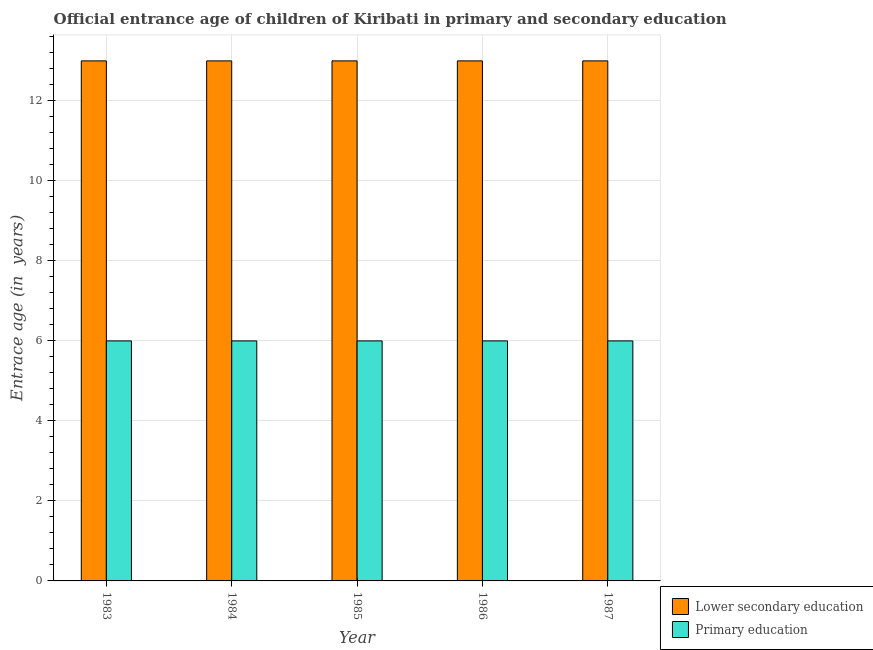
| Year | Lower secondary education | Primary education |
 | --- | --- | --- |
 | 1983 | 13 | 6 |
 | 1984 | 13 | 6 |
 | 1985 | 13 | 6 |
 | 1986 | 13 | 6 |
 | 1987 | 13 | 6 |